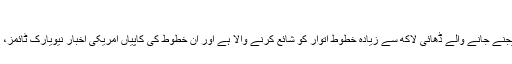
وکی لیکس ہیں کیا
وکی لیکس امریکی وزارت خارجہ کی طرف سے دنیا بھر میں اپنے سفارت خانوں کو بھیجنے جانے والے ڈھائی لاکھ سے زیادہ خطوط اتوار کو شائع کرنے والا ہے اور ان خطوط کی کاپیاں امریکی اخبار نیویارک ٹائمز، برطانوی اخبار گارڈین اور ایک جرمن نشریاتی ادارے کو پہلے سے مہیا کر دی گئی ہیں۔